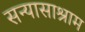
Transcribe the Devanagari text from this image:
सन्यासाश्राम